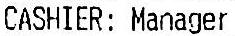
CASHIER: MANAGER